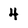
Character: 4